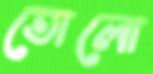
তোলো